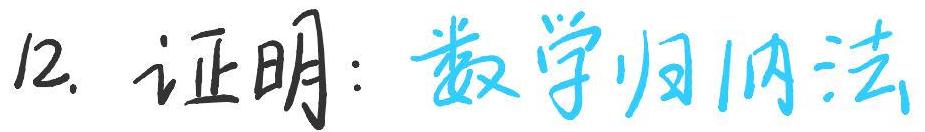
12. 证明：数学归纳法